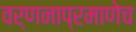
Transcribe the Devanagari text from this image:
वर्णनाप्रमाणेच